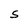
Character: S